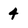
Character: 4